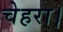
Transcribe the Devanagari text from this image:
चेहरा।